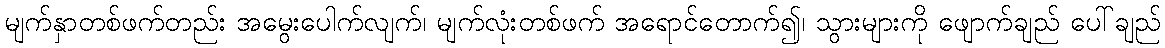
မျက်နှာတစ်ဖက်တည်း အမွေးပေါက်လျက်၊ မျက်လုံးတစ်ဖက် အရောင်တောက်၍၊ သွားများကို ဖျောက်ချည် ပေါ်ချည်